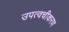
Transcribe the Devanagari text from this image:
उपत्वचीकरण